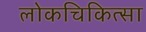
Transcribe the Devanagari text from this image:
लोकचिकित्सा